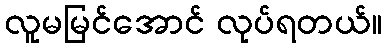
လူမမြင်အောင် လုပ်ရတယ်။